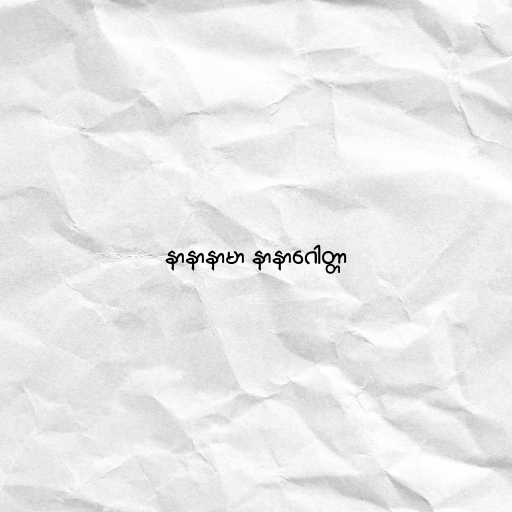
နာနာနာမာ နာနာဂေါတ္တာ